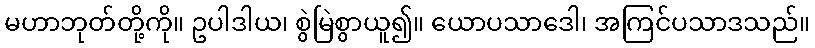
မဟာဘုတ်တို့ကို။ ဥပါဒါယ၊ စွဲမြဲစွာယူ၍။ ယောပသာဒေါ၊ အကြင်ပသာဒသည်။